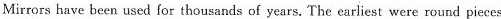
Mirrors have been used for thousands of years. The earliest were round pieces